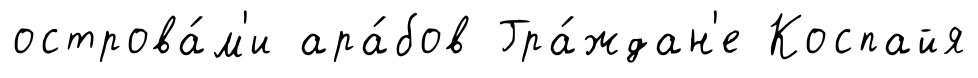
острова́м'и ара́бов Гра́ждан'е Коспайя